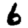
Digit: 6